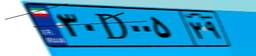
۳۰D۰۰۵۲۹